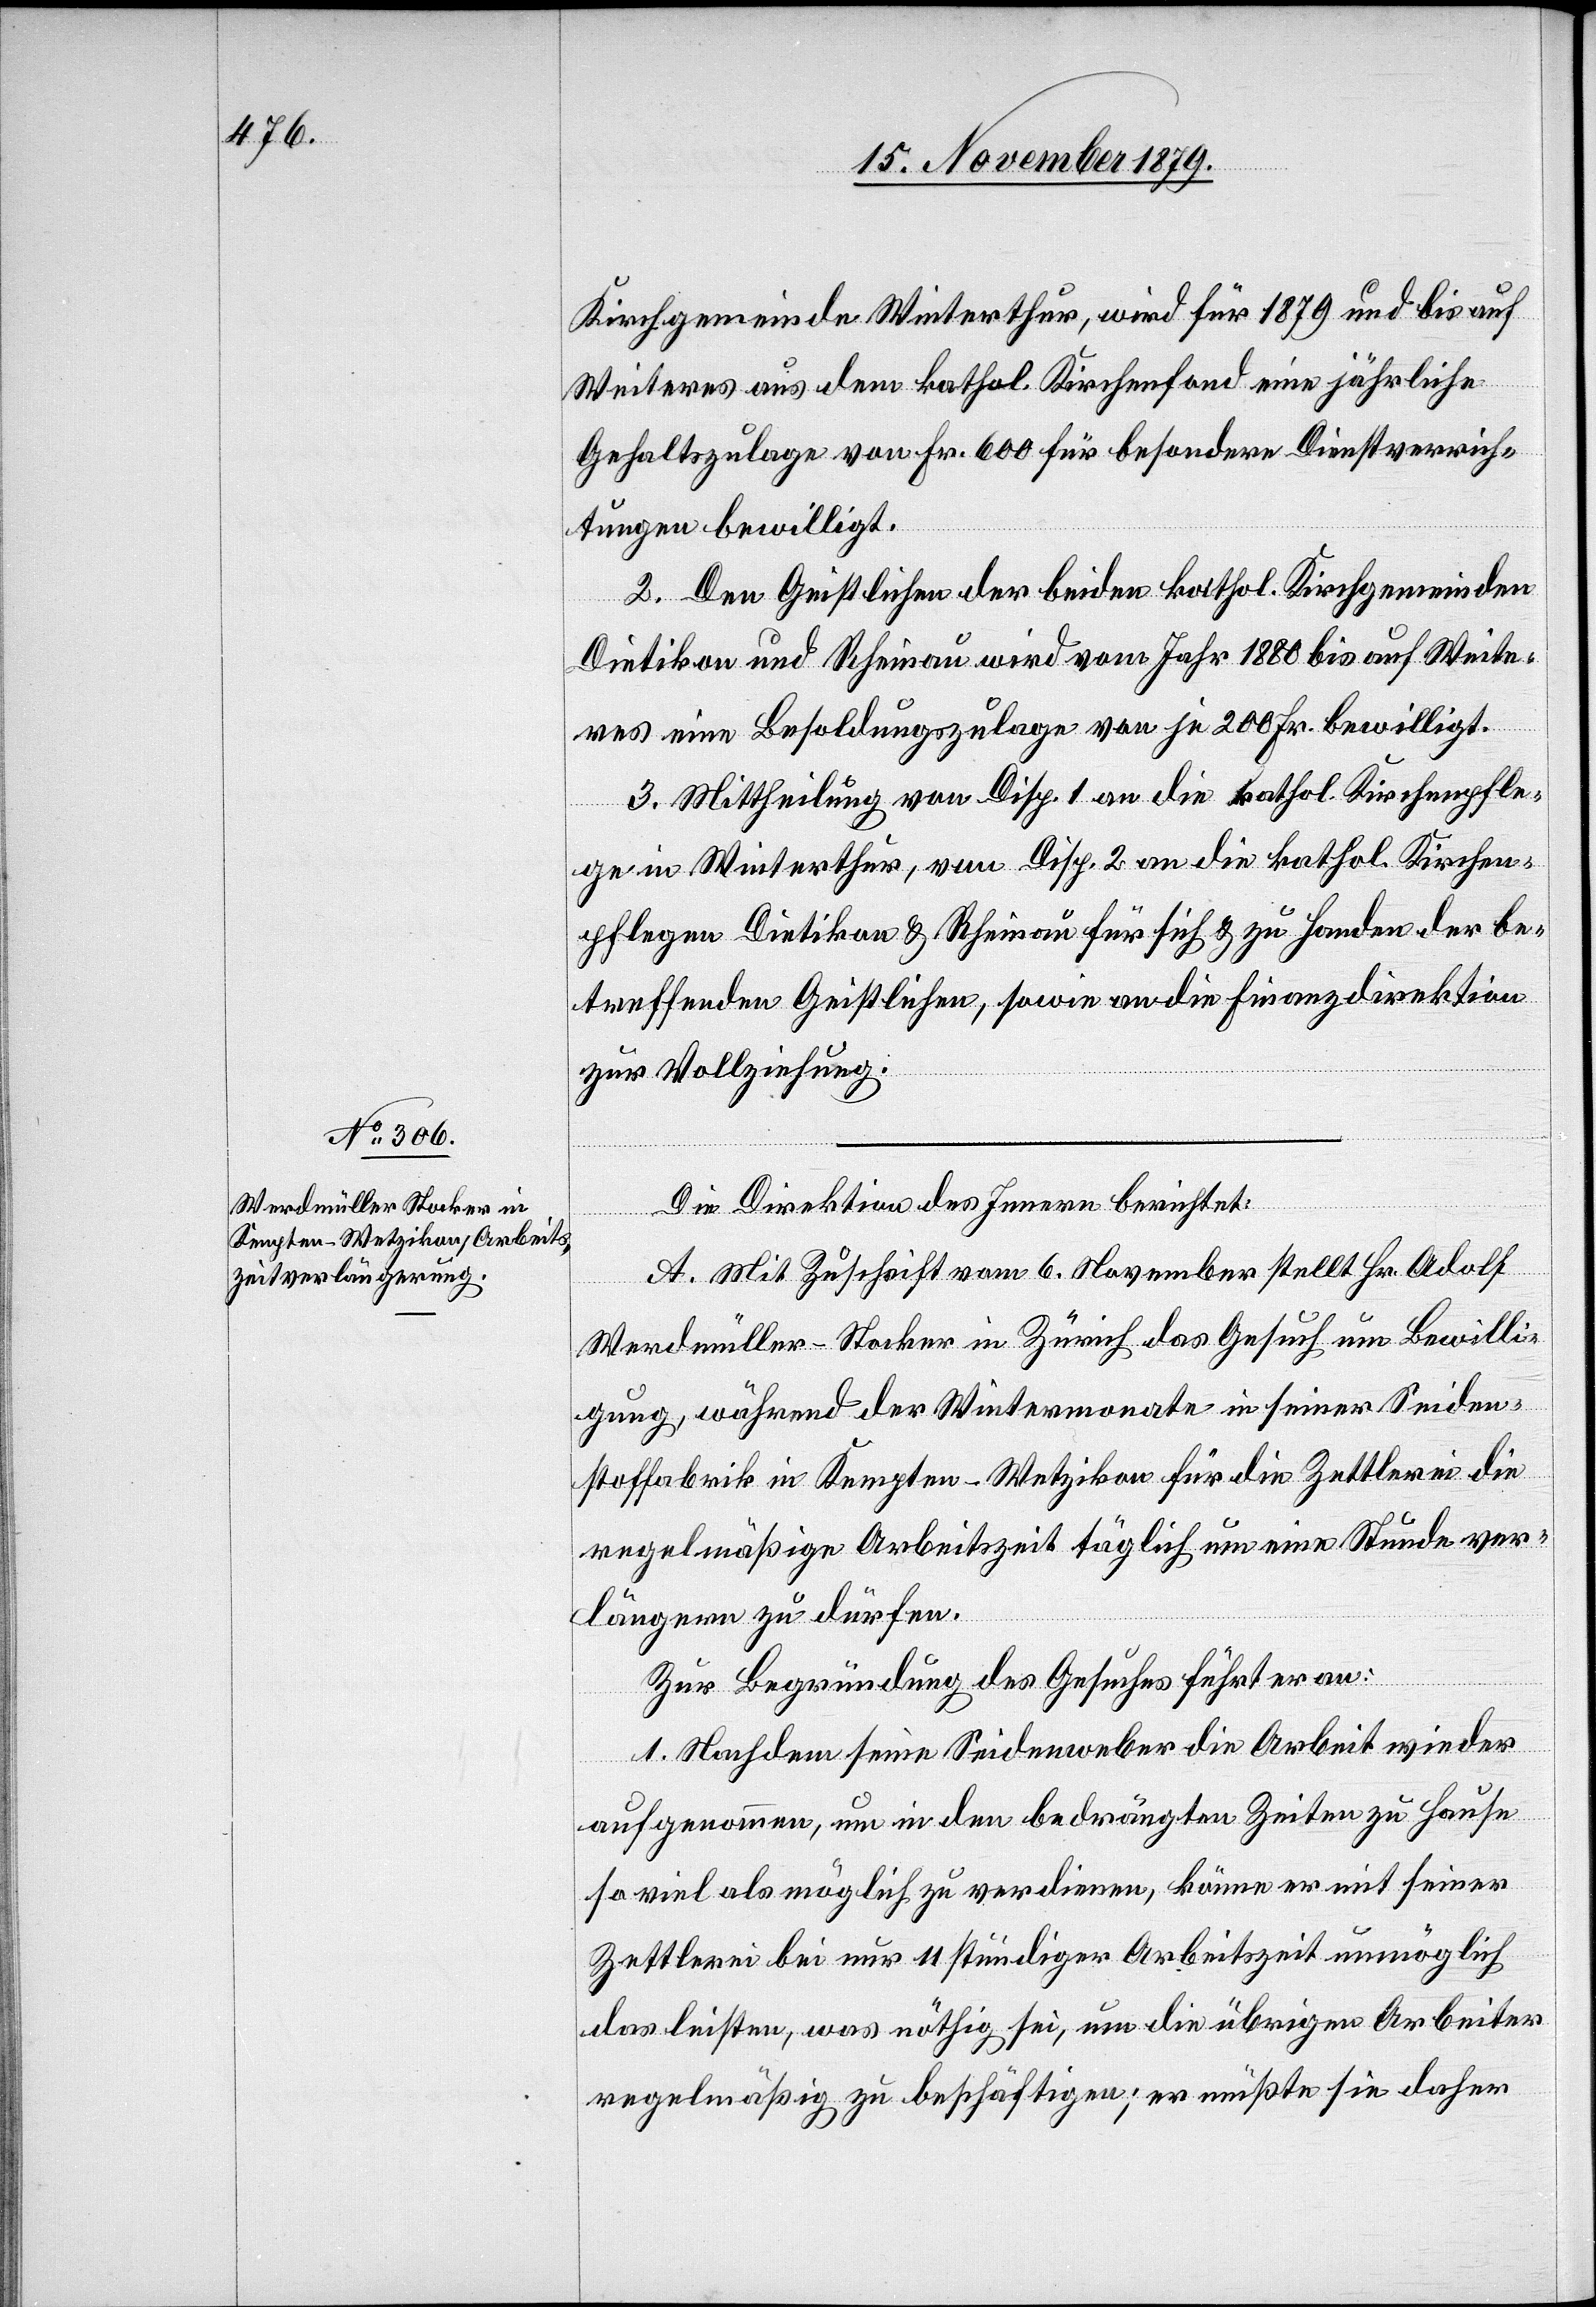
Kirchgemeinde Winterthur, wird für 1879 und bis auf
Weiteres aus dem kathol. Kirchenfond eine jährliche
Gehaltszulage von Fr. 600 für besondere Dienstverrich¬
tungen bewilligt.
2. Den Geistlichen der beiden kathol. Kirchgemeinden
Dietikon und Rheinau wird vom Jahr 1880 bis auf Weite¬
res eine Besoldungszulage von je 200 Fr. bewilligt.
3. Mittheilung von Disp. 1 an die kathol. Kirchenpfle¬
ge in Winterthur, von Disp. 2 an die kathol. Kirchen¬
pflegen Dietikon & Rheinau für sich & zu Handen der be¬
treffenden Geistlichen, sowie an die Finanzdirektion
zur Vollziehung.
Die Direktion des Innern berichtet:
A. Mit Zuschrift vom 6. November stellt Hr. Adolf
Werdmüller-Stocker in Zürich das Gesuch um Bewilli¬
gung, während der Wintermonate in seiner Seiden¬
stoffabrik in Kempten - Wetzikon für die Zettlerei die
regelmäßige Arbeitszeit täglich um eine Stunde ver¬
längern zu dürfen.
Zur Begründung des Gesuches führt er an:
1. Nachdem seine Seidenweber die Arbeit wieder
aufgenommen, um in den bedrängten Zeiten zu Hause
so viel als möglich zu verdienen, könne er mit seiner
Zettlerei bei nur 11 stündiger Arbeitszeit unmöglich
das leisten, was nöthig sei, um die übrigen Arbeiter
regelmäßig zu beschäftigen; er müßte sie daher